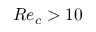
R e _ { c } > 1 0